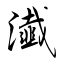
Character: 瀐